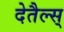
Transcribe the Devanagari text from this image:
देतैल्स्